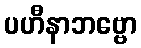
ပဟီနာဘဗ္ဗော